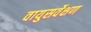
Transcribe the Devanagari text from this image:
वायुसर्वेक्षण